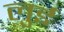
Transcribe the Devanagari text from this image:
लुुई